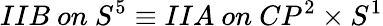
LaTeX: IIB~on~S^{5}\equiv IIA~on~CP^{2}\times S^{1}